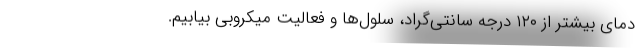
دمای بیشتر از ۱۲۰ درجه سانتی‌گراد، سلول‌ها و فعالیت میکروبی بیابیم.